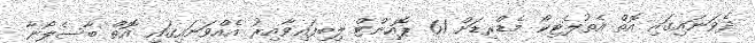
ދެވަނައިގައި އޮތް އެތުލެޓިކޯ މެޑްރިޑަށް 61 ޕޮއިންޓް ލިބިފައިވާއިރު އެއްވަނައިގައި އޮތް ބާސެލޯނާ